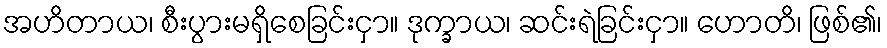
အဟိတာယ၊ စီးပွားမရှိစေခြင်းငှာ။ ဒုက္ခာယ၊ ဆင်းရဲခြင်းငှာ။ ဟောတိ၊ ဖြစ်၏၊